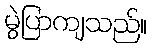
မွဲပြာကျသည်။